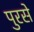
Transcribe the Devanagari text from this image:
पुरसे